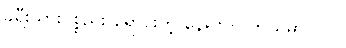
ခရီးသွားပစ္စည်း ရောင်းတဲ့ နေရာက ဘယ်မှာပါလဲ။